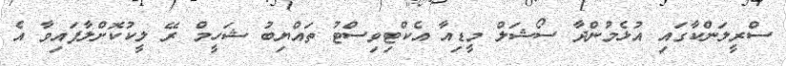
ސްރީލަންކާގައި އުޅެމުންދާ ސޯޝަލް މީޑިއާ އެކްޓިވިސްޓު ތައްޔިބު ޝަހީމް ރޭ ލީކުކޮށްލާފައިވާ އެ